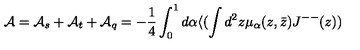
{ \cal A } = { \cal A } _ { s } + { \cal A } _ { t } + { \cal A } _ { q } = - \frac { 1 } { 4 } \int _ { 0 } ^ { 1 } d \alpha \langle ( \int d ^ { 2 } z \mu _ { \alpha } ( z , \bar { z } ) J ^ { -- } ( z ) )